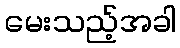
မေးသည့်အခါ